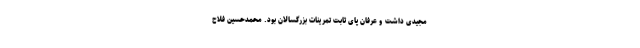
مجیدی داشت و عرفان پای ‌ثابت تمرینات بزرگسالان بود. محمدحسین فلاح